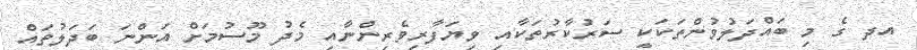
އދ ގެ މި ބައްދަލުވުންތަކަކީ ސަރުކާރުތަކާއި ވިޔަފާރިވެރިންނާއި މެދު މޫސުމަށް އަންނަ ބަދަލުތައް